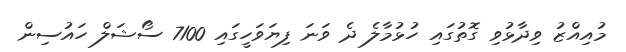
މުއިއްޒު ވިދާޅުވި ގޮތުގައި ހުޅުމާލެ ދެ ވަނަ ފިޔަވަހީގައި 7100 ސޯޝަލް ހައުސިން